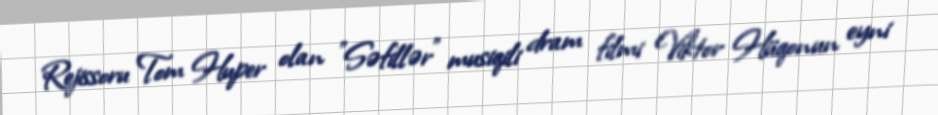
Rejissoru Tom Huper olan "Səfillər" musiqili dram filmi Viktor Hüqonun eyni